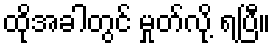
ထိုအခါတွင် မှုတ်လို့ ရပြီ။